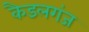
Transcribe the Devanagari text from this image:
कैडलगंज